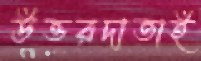
উত্তরদাতাই